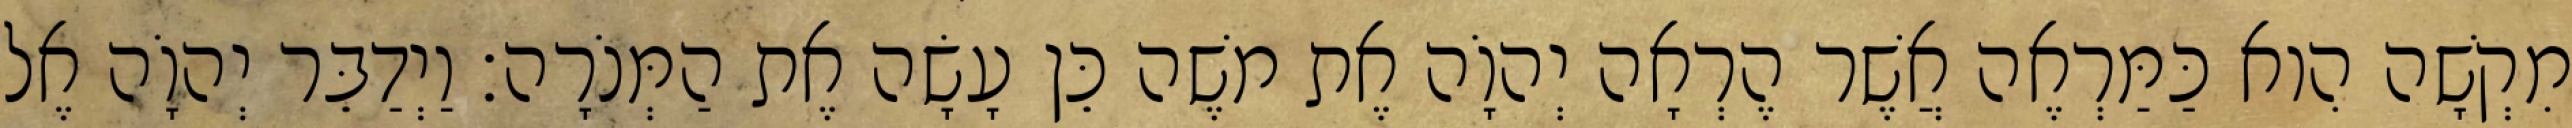
מִקְשָׁה הִוא כַּמַּרְאֶה אֲשֶׁר הֶרְאָה יְהוָֹה אֶת משֶׁה כֵּן עָשָׂה אֶת הַמְּנֹרָה׃ וַיְדַבֵּר יְהוָֹה אֶל